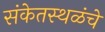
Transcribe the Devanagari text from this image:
संकेतस्थळंचे